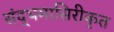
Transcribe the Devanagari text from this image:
संद्धमासिरीकृत